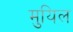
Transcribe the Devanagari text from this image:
मुयिल